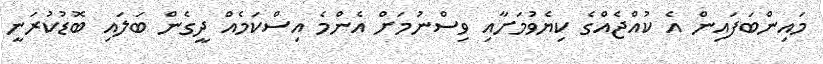
މައިންބަފައިން އެ ކުއްޖެއްގެ ކިޔެވުމަށާއި ވިސްނުމަށް އެންމެ އިސްކަމެއް ދީގެން ބަލައި ބޮޑުކުރަނީ